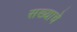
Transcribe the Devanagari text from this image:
सख्याचे